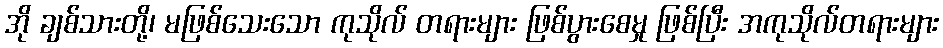
အို ချစ်သားတို့၊ မဖြစ်သေးသော ကုသိုလ် တရားများ ဖြစ်ပွားစေမှု ဖြစ်ပြီး အကုသိုလ်တရားများ